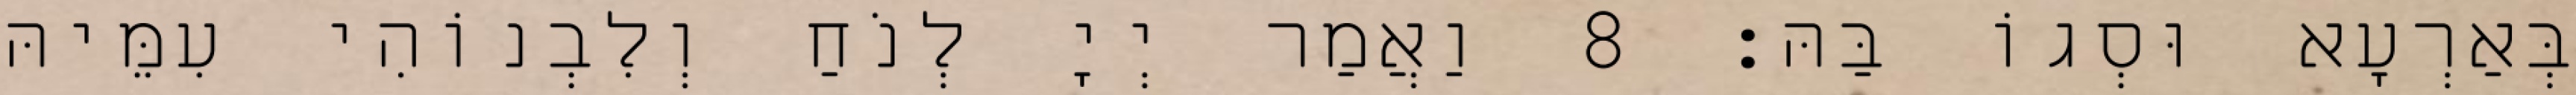
בְּאַרְעָא וּסְגוֹ בַּהּ׃ 8 וַאֲמַר יְיָ לְנֹחַ וְלִבְנוֹהִי עִמֵּיהּ